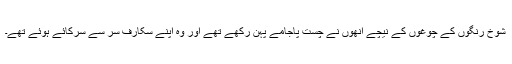
شوخ رنگوں کے چوغوں کے نیچے انھوں نے چست پاجامے پہن رکھے تھے اور وہ اپنے سکارف سر سے سرکائے ہوئے تھے۔